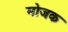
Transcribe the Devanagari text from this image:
मोजक